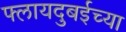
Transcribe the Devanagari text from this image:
फ्लायदुबईच्या